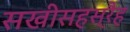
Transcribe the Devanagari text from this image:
सखीसहस्रैह